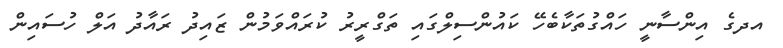
އދގެ އިންސާނީ ހައްގުތަކާބެހޭ ކައުންސިލްގައި ތަގްރީރު ކުރައްވަމުން ޒައިދު ރައާދު އަލް ހުސައިން